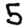
Digit: 5